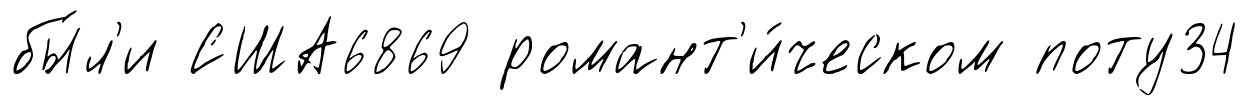
бы́л'и США6869 романт'и́ческом поту34